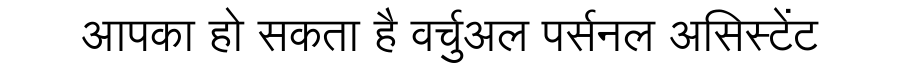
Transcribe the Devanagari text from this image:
आपका हो सकता है वर्चुअल पर्सनल असिस्टेंट